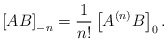
\begin{align*}\left[ AB\right] _{-n} = \frac{1}{n!}\left[ A^{(n)}B\right] _0.\end{align*}